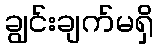
ချွင်းချက်မရှိ